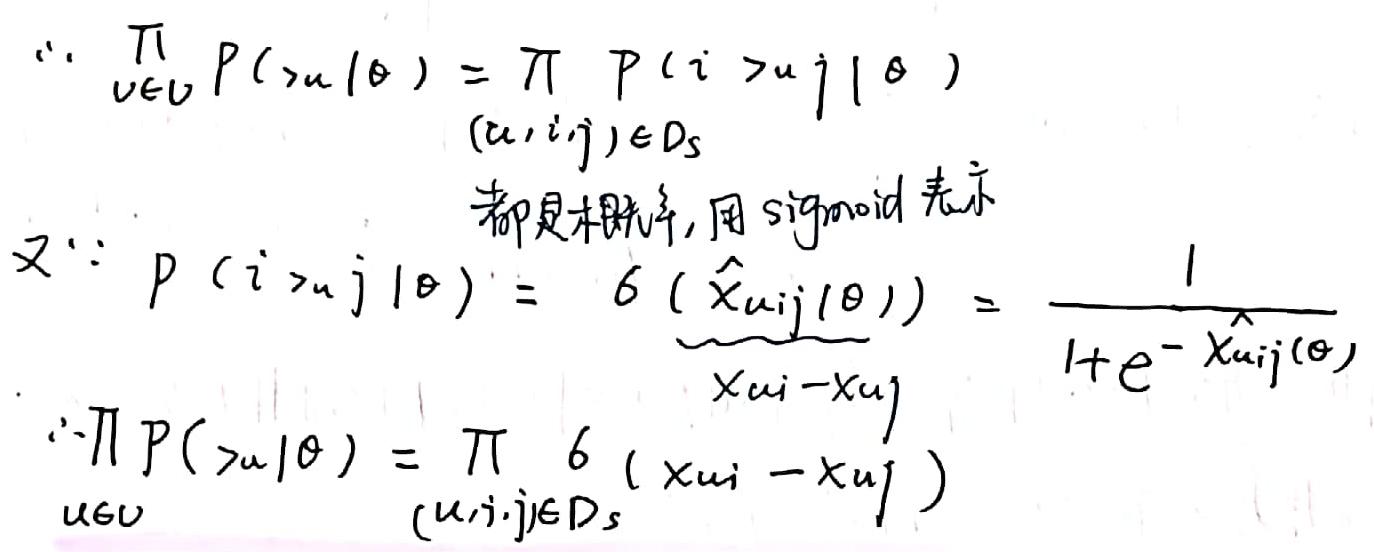
\(&\because \prod_{v \in V} P(>_u | \theta) = \prod_{(u, i, j) \in D_s} P(i >_u j | \theta)\)\\
&都是概率，用sigmoid表示\\
&又\(\because P(i >_u j | \theta) = \sigma(\hat{x}_{uij}(\theta)) = \frac{1}{1 + e^{-\hat{x}_{uij}(\theta)}}\)\\
\(&\therefore \prod_{u \in V} P(>_u | \theta) = \prod_{(u, i, j) \in D_s} \sigma(x_{ui} - x_{uj})\)